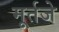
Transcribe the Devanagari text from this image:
मूर्तजे